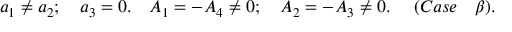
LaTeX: a _ { 1 } \neq a _ { 2 } ; ~ ~ ~ a _ { 3 } = 0 . ~ ~ ~ A _ { 1 } = - A _ { 4 } \neq 0 ; ~ ~ ~ A _ { 2 } = - A _ { 3 } \neq 0 . ~ ~ ~ ~ ( C a s e ~ ~ ~ \beta ) .